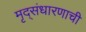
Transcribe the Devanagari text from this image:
मृद्संधारणाची